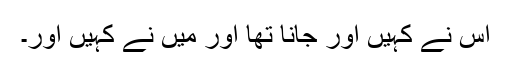
اس نے کہیں اور جانا تھا اور میں نے کہیں اور۔